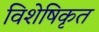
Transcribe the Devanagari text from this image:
विशेषिकृत